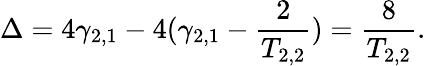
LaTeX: \Delta=4\gamma_{2,1}-4(\gamma_{2,1}-\frac{2}{T_{2,2}})=\frac{8}{T_{2,2}}.